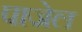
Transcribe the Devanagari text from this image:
पाजेल